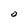
Character: o